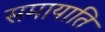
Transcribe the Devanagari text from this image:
समायाति